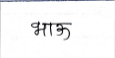
मजकूर: भाऊ